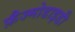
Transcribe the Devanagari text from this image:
फ़ैज्मोडाइडी